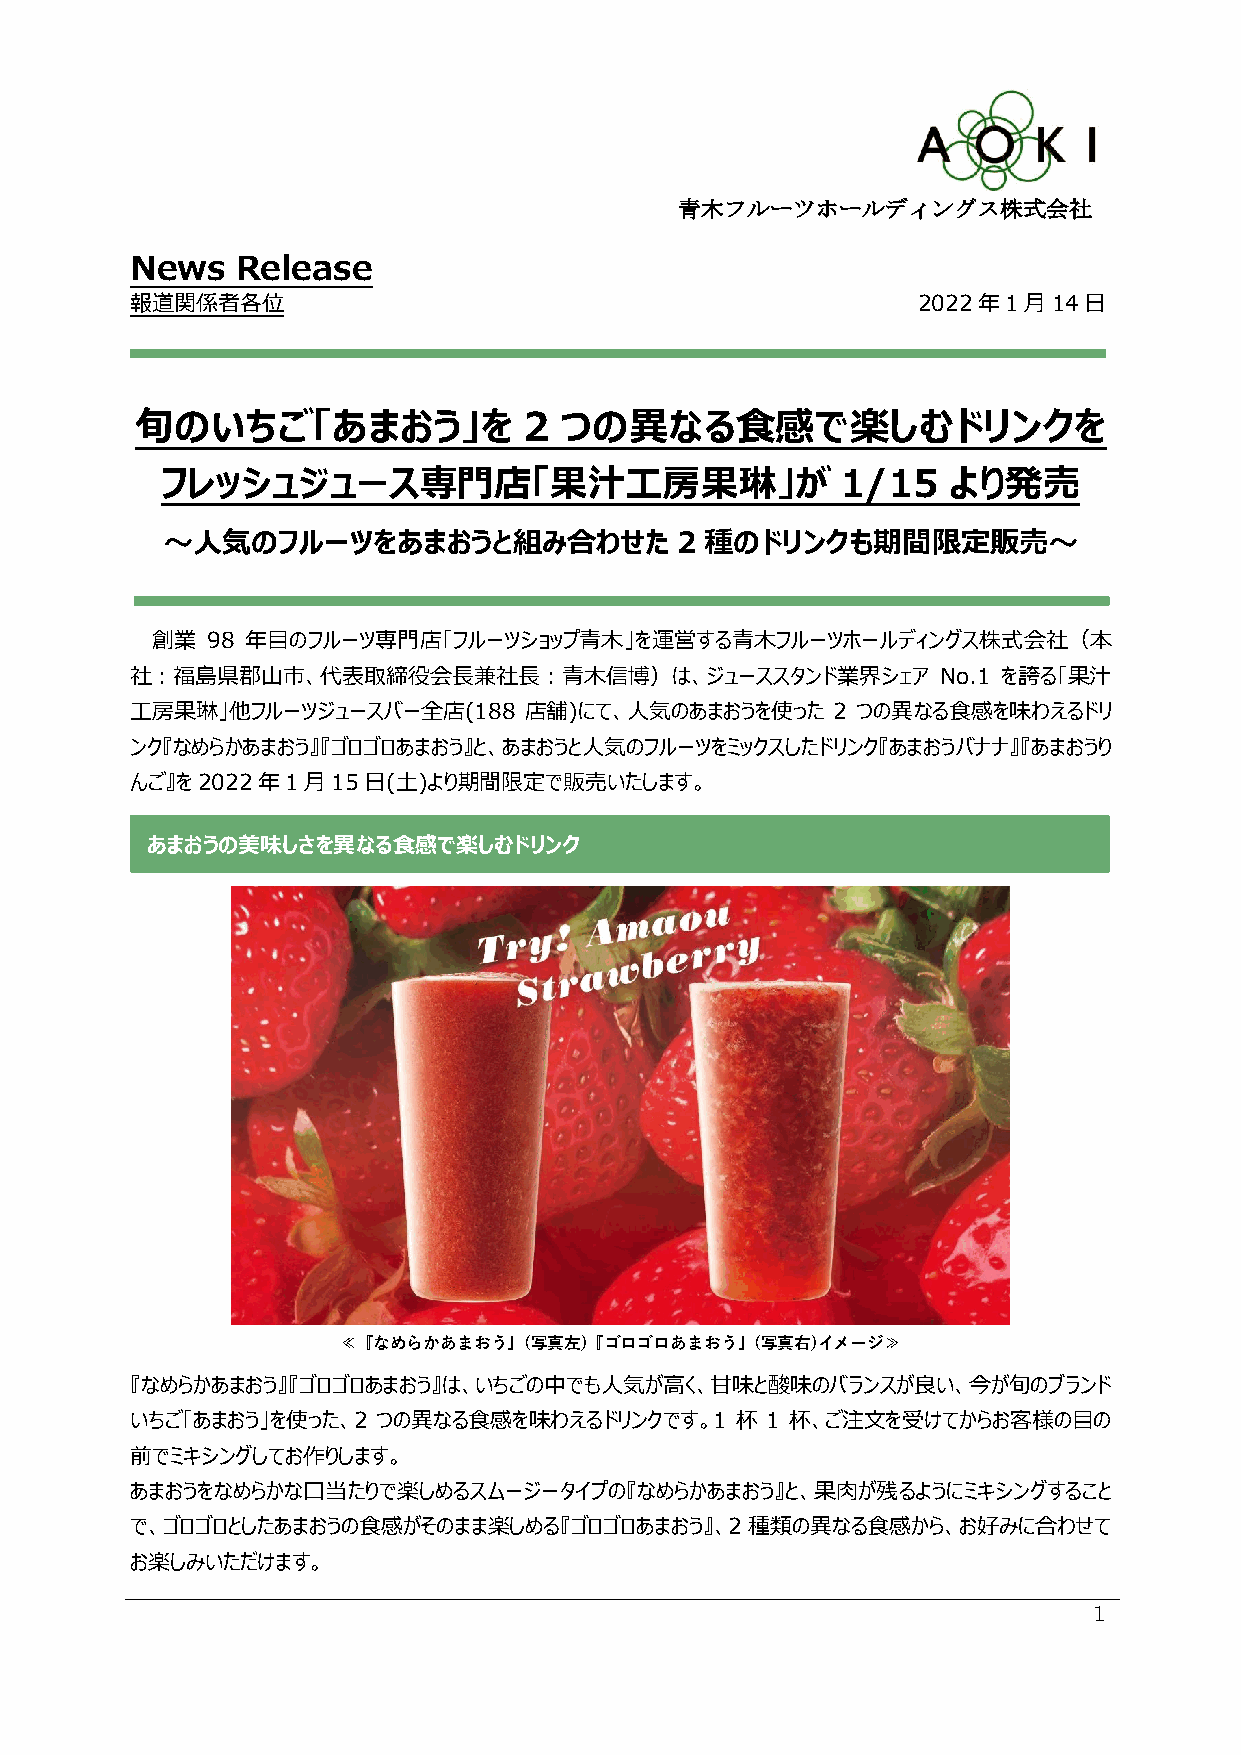
青木フルーツホールディングス株式会社
 News   Release
 報道関係者各位                                             2022年1月14日
 旬のいちご「あまおう」を              2 つの異なる食感で楽しむドリンクを
 フレッシュジュース専門店「果汁工房果琳」が                        1/15   より発売
 ～人気のフルーツをあまおうと組み合わせた              2 種のドリンクも期間限定販売～
 創業  98 年目のフルーツ専門店「フルーツショップ青木」を運営する青木フルーツホールディングス株式会社（本
 社：福島県郡山市、代表取締役会長兼社長：青木信博）は、ジューススタンド業界シェア             No.1 を誇る「果汁
 工房果琳」他フルーツジュースバー全店(188    店舗)にて、人気のあまおうを使った   2 つの異なる食感を味わえるドリ
 ンク『なめらかあまおう』『ゴロゴロあまおう』と、あまおうと人気のフルーツをミックスしたドリンク『あまおうバナナ』『あまおうり
 んご』を2022年1月15日(土)より期間限定で販売いたします。
 あまおうの美味しさを異なる食感で楽しむドリンク
 ≪『なめらかあまおう』(写真左)『ゴロゴロあまおう』(写真右)イメージ≫
 『なめらかあまおう』『ゴロゴロあまおう』は、いちごの中でも人気が高く、甘味と酸味のバランスが良い、今が旬のブランド
 いちご「あまおう」を使った、2 つの異なる食感を味わえるドリンクです。1    杯 1 杯、ご注文を受けてからお客様の目の
 前でミキシングしてお作りします。
 あまおうをなめらかな口当たりで楽しめるスムージータイプの『なめらかあまおう』と、果肉が残るようにミキシングすること
 で、ゴロゴロとしたあまおうの食感がそのまま楽しめる『ゴロゴロあまおう』、2    種類の異なる食感から、お好みに合わせて
 お楽しみいただけます。
 1